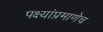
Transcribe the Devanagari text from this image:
पक्ष्यांप्रमाणेच